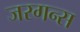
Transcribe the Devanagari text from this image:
जरगन्स